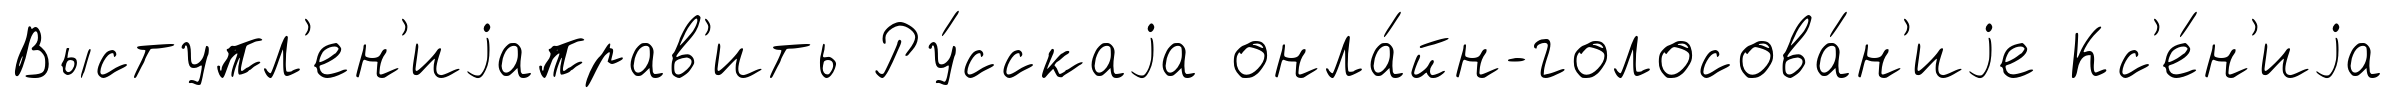
Выступл'ен'иjаправ'ить Ру́сскаjа онла́йн-голосова́н'иjе Кс'е́н'иjа